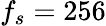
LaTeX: f_{s}=256